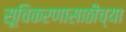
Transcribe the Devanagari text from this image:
सूचिकरणासाठीच्या